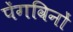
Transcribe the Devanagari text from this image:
पेंगविनों